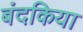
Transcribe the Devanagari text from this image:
बंदकिया